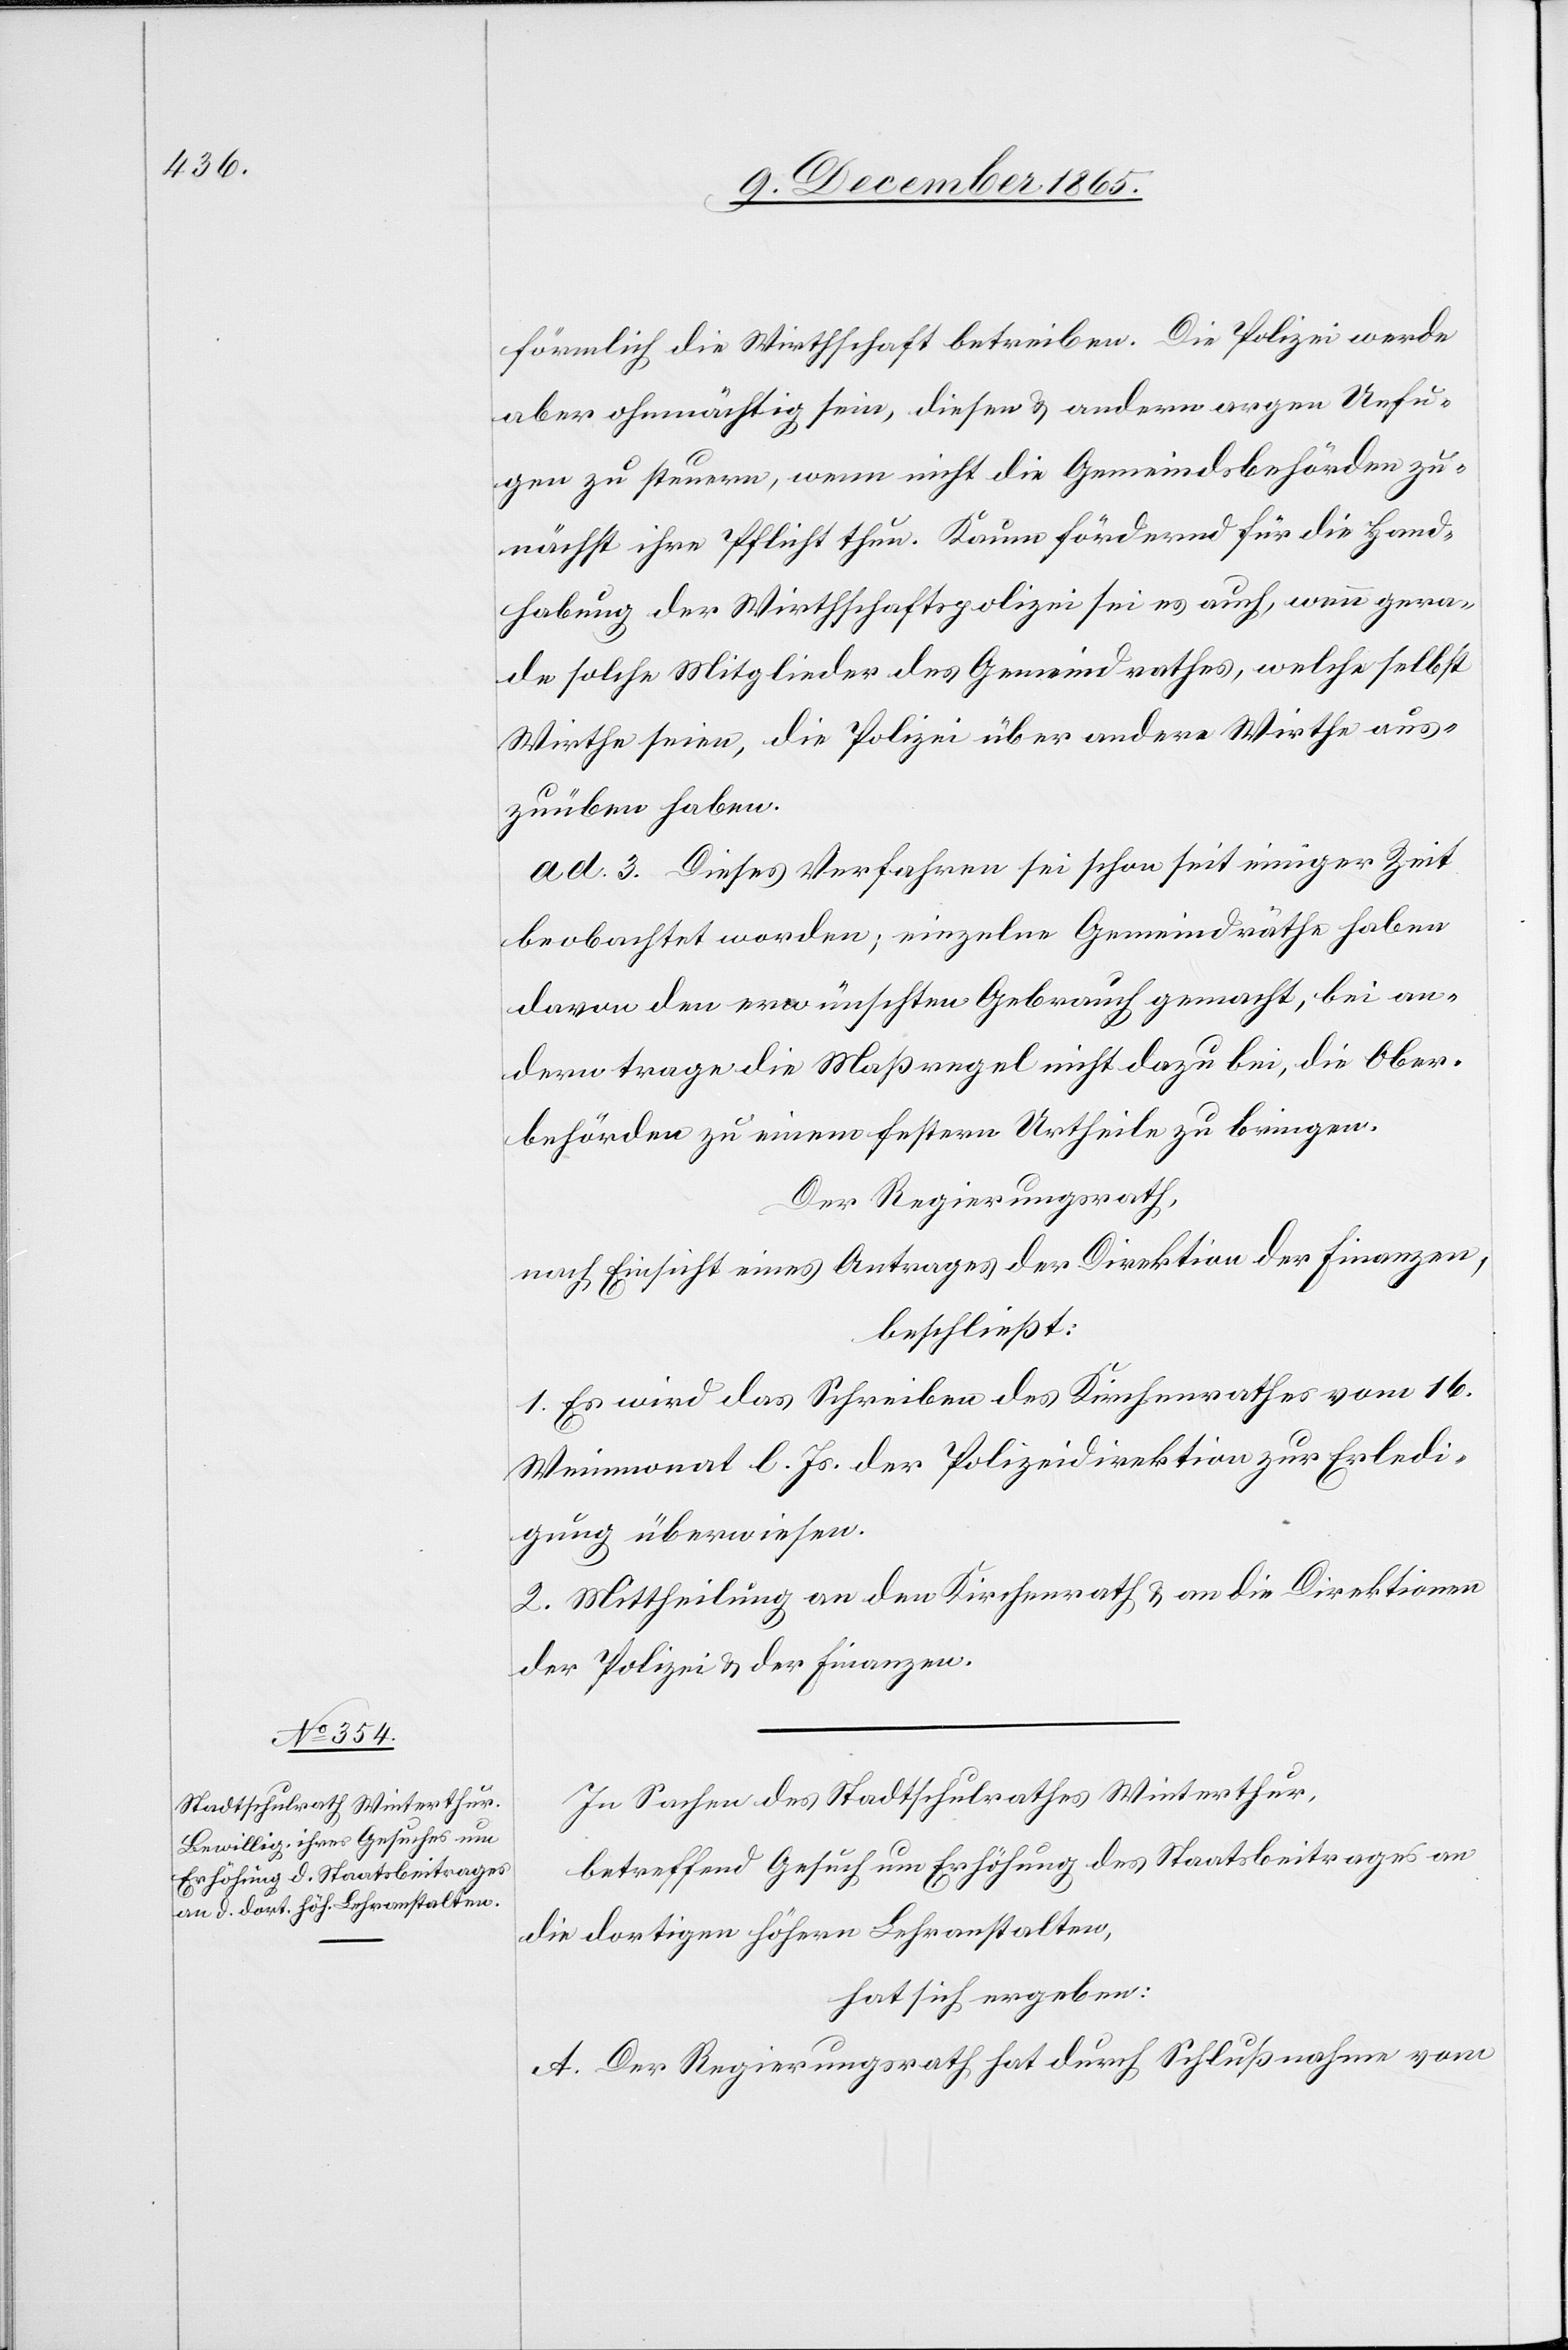
förmlich die Wirthschaft betreiben. Die Polizei werde
aber ohnmächtig sein, diesen & andern argen Unfu¬
gen zu steuern, wenn nicht die Gemeindsbehörden zu¬
nächst ihre Pflicht thun. Kaum fördernd für die Hand¬
habung der Wirthschaftspolizei sei es auch, wenn gera¬
de solche Mitglieder des Gemeindrathes, welche selbst
Wirthe seien, die Polizei über andere Wirthe aus¬
zuüben haben.
ad 3. Dieses Verfahren sei schon seit einiger Zeit
beobachtet worden; einzelne Gemeindräthe haben
davon den erwünschten Gebrauch gemacht, bei an¬
dern trage die Maßregel nicht dazu bei, die Ober¬
behörden zu einem festern Urtheile zu bringen.
Der Regierungsrath,
nach Einsicht eines Antrages der Direktion der Finanzen,
beschließt:
1. Es wird das Schreiben des Kirchenrathes vom 16.
Weinmonat l. Js. der Polizeidirektion zur Erledi¬
gung überwiesen.
2. Mittheilung an den Kirchenrath & an die Direktionen
der Polizei & der Finanzen.
In Sachen des Stadtschulrathes Winterthur,
betreffend Gesuch um Erhöhung des Staatsbeitrages an
die dortigen höheren Lehranstalten,
hat sich ergeben:
A. Der Regierungsrath hat durch Schlußnahme vom